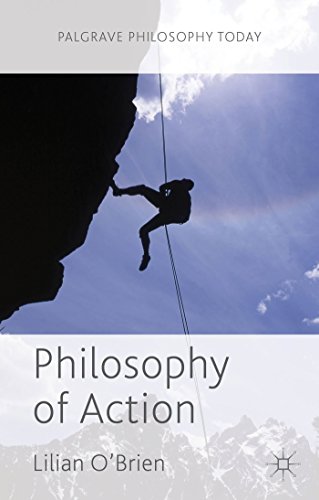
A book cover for Philosophy of Action (Palgrave Philosophy Today); Lilian O'Brien; Politics & Social Sciences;